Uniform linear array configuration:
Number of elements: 32
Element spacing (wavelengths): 0.75
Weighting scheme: uniform
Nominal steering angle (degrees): -30
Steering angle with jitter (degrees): -29.505
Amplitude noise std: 0.05
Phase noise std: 0.05

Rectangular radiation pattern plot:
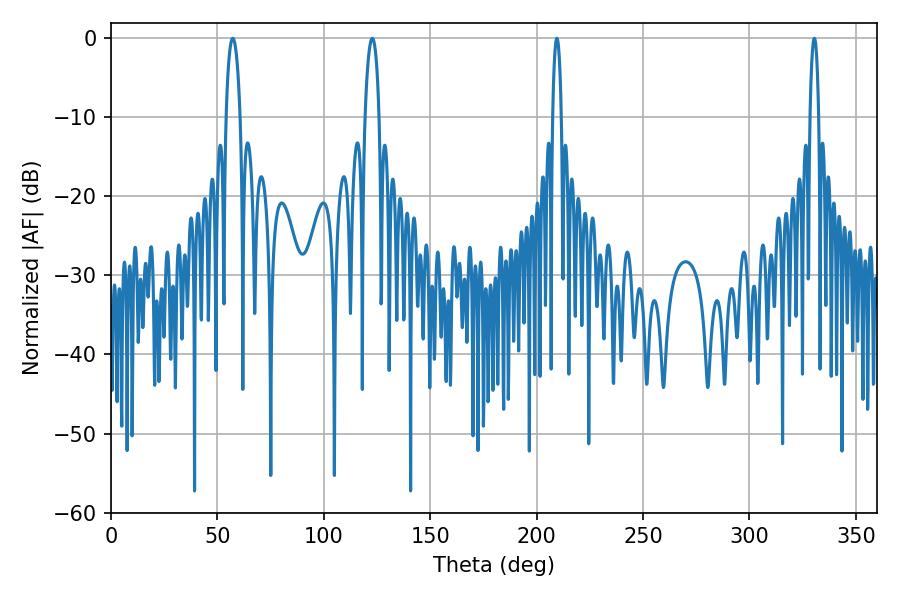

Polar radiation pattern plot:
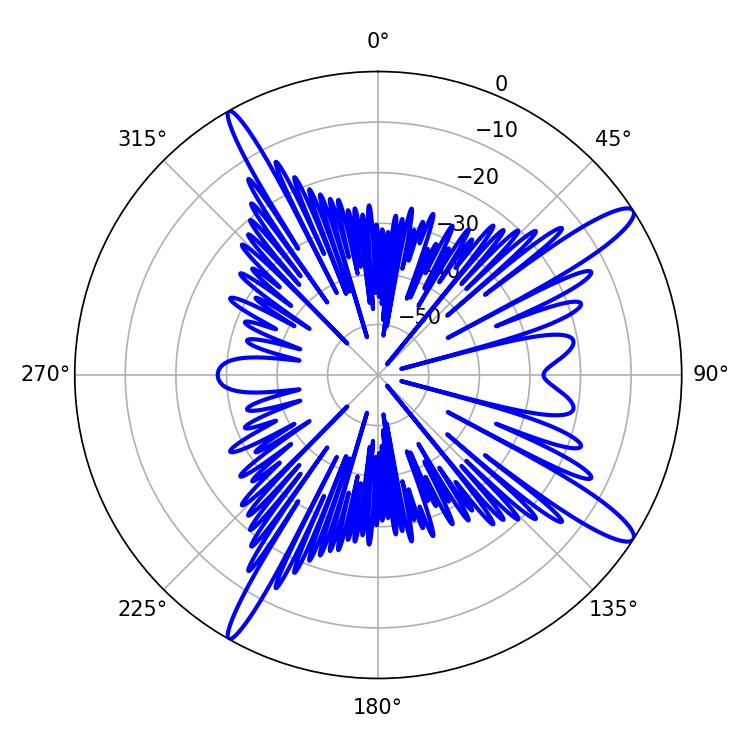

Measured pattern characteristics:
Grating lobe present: TRUE
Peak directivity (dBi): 13.849
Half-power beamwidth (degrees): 2.16
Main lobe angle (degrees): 209.52